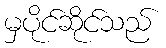
မှပိုင်ဆိုင်သည်